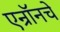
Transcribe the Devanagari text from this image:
एन्रॉनचे